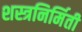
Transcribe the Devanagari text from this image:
शस्त्रनिर्मिती